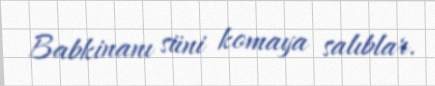
Babkinanı süni komaya salıblar.